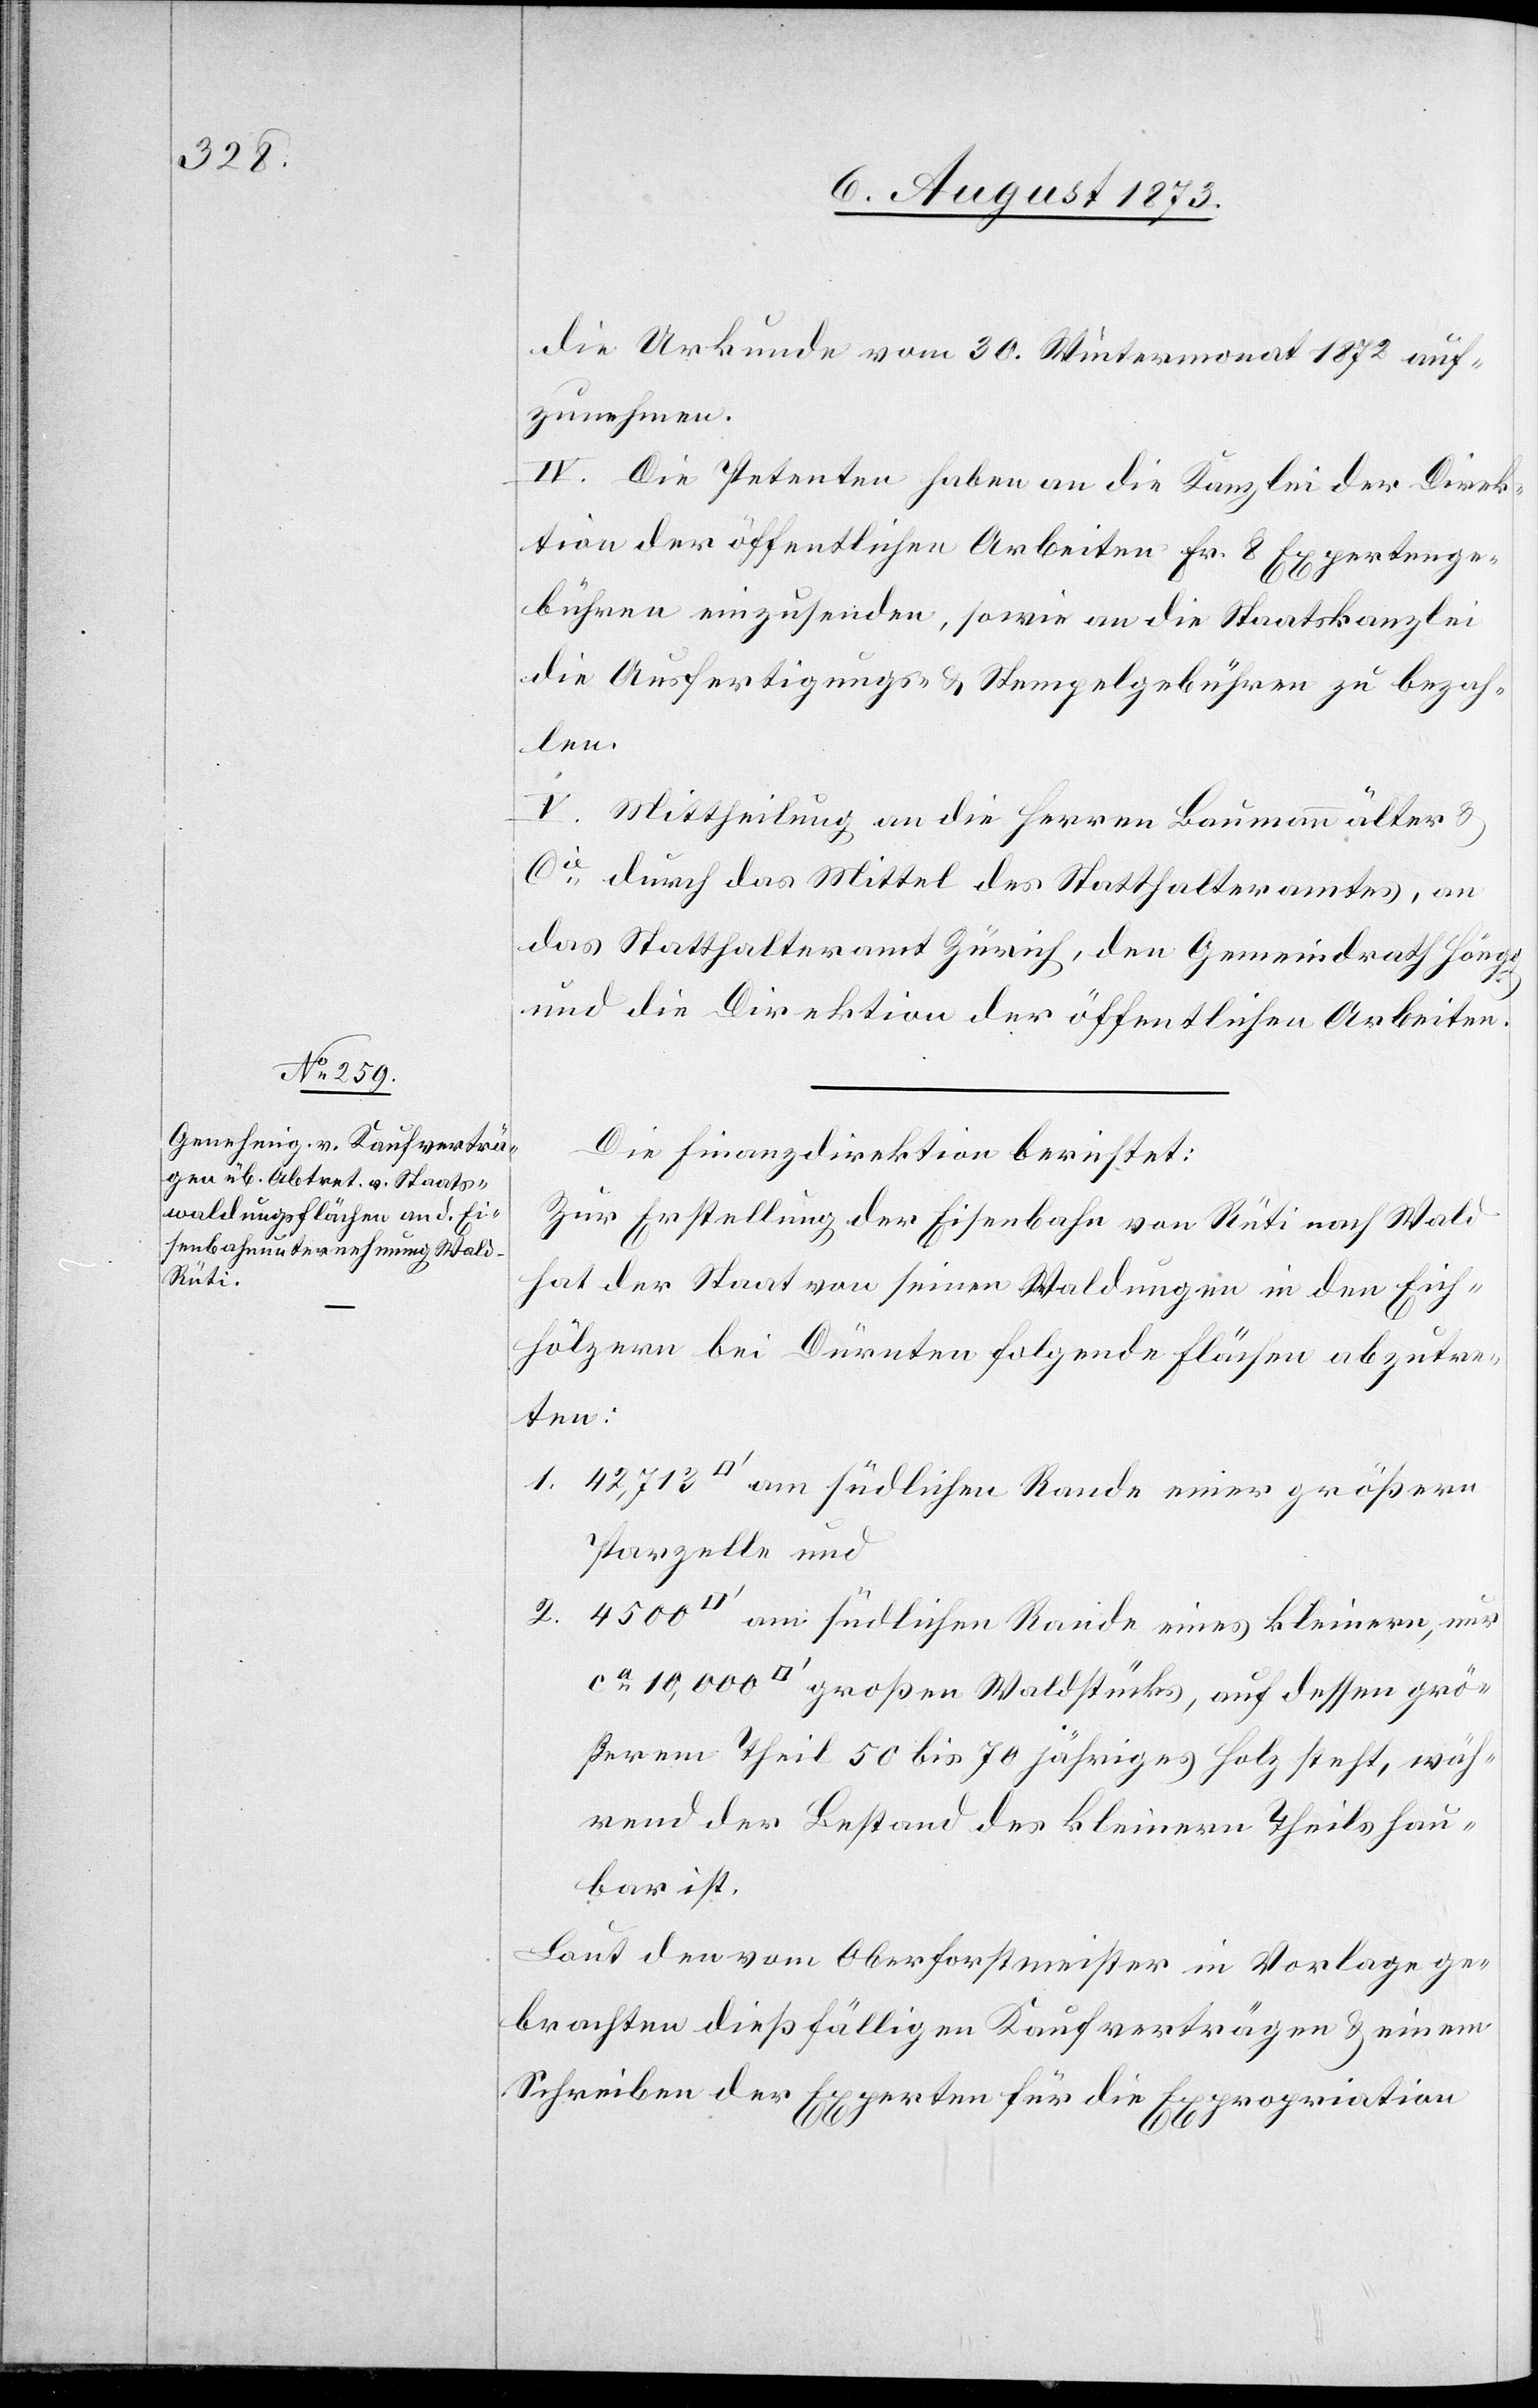
grö¬

die Urkunde vom 30. Wintermonat 1872 auf¬
zunehmen.
IV. Die Petenten haben an die Kanzlei der Direk¬
tion der öffentlichen Arbeiten Fr. 8 Expertenge¬
bühren einzusenden, sowie an die Staatskanzlei
die Ausfertigungs- & Stempelgebühren zu bezah¬
len.
V. Mittheilung an die Herren Baumann älter &
Cie durch das Mittel des Statthalteramtes, an
das Statthalteramt Zürich, den Gemeindrath Höngg
und die Direktion der öffentlichen Arbeiten.
Die Finanzdirektion berichtet:
Zur Erstellung der Eisenbahn von Rüti nach Wald
hat der Staat von seinen Waldungen in den Eich¬
hölzern bei Dürnten folgende Flächen abzutre¬
ten:
Parzelle und
ßerem Theil 50 bis 70 jähriges Holz steht, wäh¬
rend der Bestand des kleinern Theils hau¬
bar ist.
Laut den vom Oberforstmeister in Vorlage ge¬
brachten dießfälligen Kaufverträgen & einem
Schreiben der Experten für die Expropriation
4